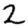
Digit: 2